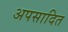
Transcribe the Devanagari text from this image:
अपसादित